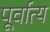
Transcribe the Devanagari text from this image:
पूर्वात्य